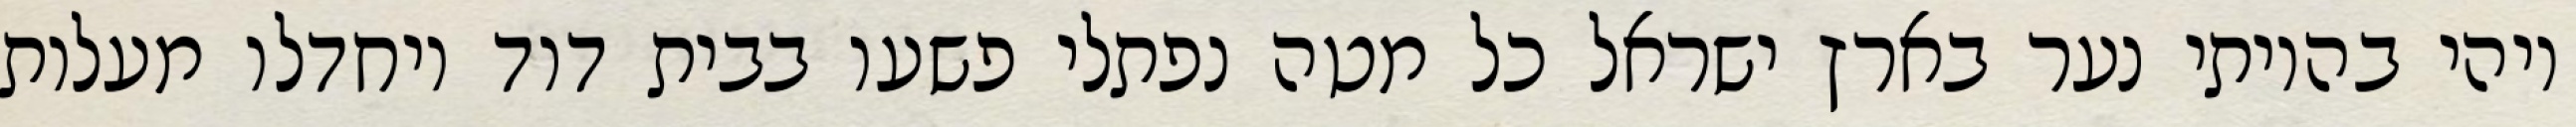
ויהי בהיותי נער בארץ ישראל כל מטה נפתלי פשעו בבית דוד ויחדלו מעלות